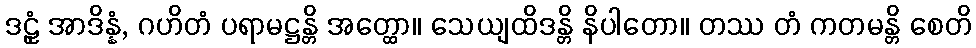
ဒဠှံ အာဒိန္နံ, ဂဟိတံ ပရာမဋ္ဌန္တိ အတ္ထော။ သေယျထိဒန္တိ နိပါတော။ တဿ တံ ကတမန္တိ စေတိ